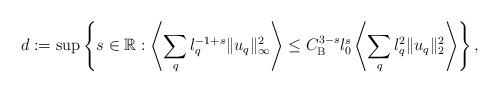
LaTeX: \begin{align*} d:= \sup\left\{s\in \mathbb{R}: \left<\sum_{q}\l_q^{-1+s} \|u_q\|_\infty^2 \right> \leq C_{\mathrm{B}}^{3-s} \l_0^{s}\left<\sum_{q}\l_q^{2} \|u_q\|_2^2 \right> \right\},\end{align*}